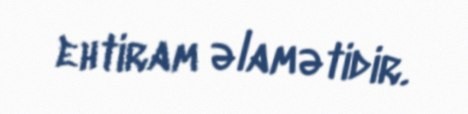
ehtiram əlamətidir.